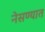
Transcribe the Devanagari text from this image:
नेसण्यात